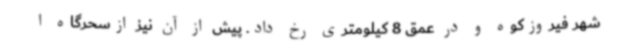
شهر فیروزکوه و در عمق 8 کیلومتری رخ داد. پیش از آن نیز ازسحرگاه ا